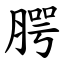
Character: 腭